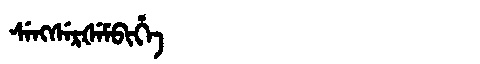
Manchu: ᠰᡝᠩᠰᡝᡵᡧᡝᠮᠪᡳᡥᡝ
Romanization: SENGSERŠEMBIHE